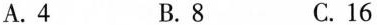
A.4 B.8 C.16